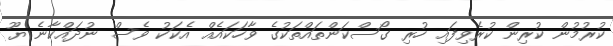
ކުރުމުން ކުރިން ކުރެވިފައި ހުރި ގޯސްކަންތައްތަކުގެ ވާހަކައެއް އެކަކު ވެސް ނުދައްކާނެ ޔޫ